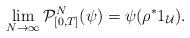
LaTeX: \begin{align*}\lim_{N\to \infty} {\cal P}^N_{[0, T ] }(\psi) = \psi(\rho^* 1_{\mathcal U} ) . \end{align*}